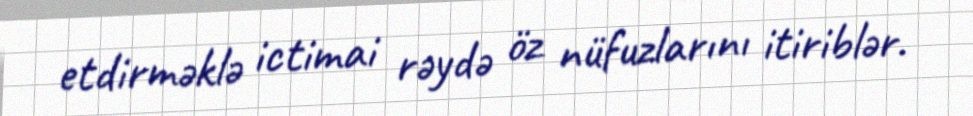
etdirməklə ictimai rəydə öz nüfuzlarını itiriblər.